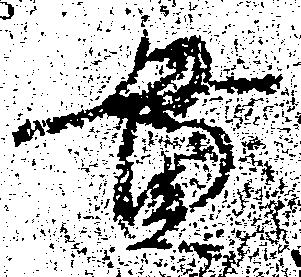
貫